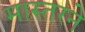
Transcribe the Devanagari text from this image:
मास्तरने